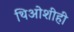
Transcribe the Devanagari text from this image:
थिओशीही